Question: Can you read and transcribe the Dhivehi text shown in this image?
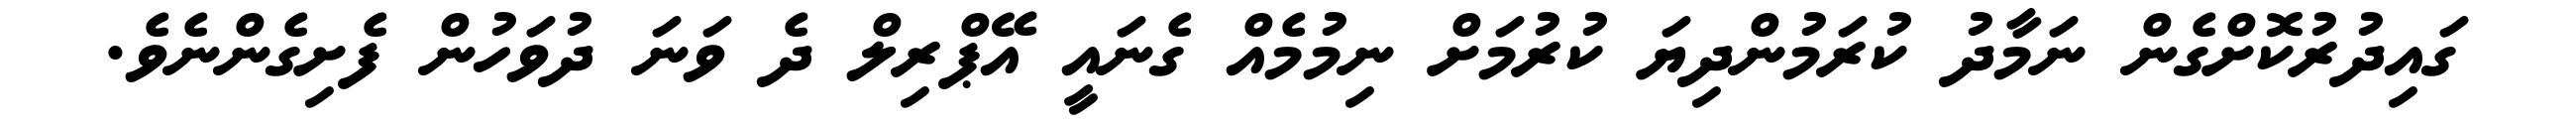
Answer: ގައިދުރުކޮށްގެން ނަމާދު ކުރަމުންދިޔަ ކުރުމަށް ނިމުމެއް ގެނައީ އޭޕްރިލް ދެ ވަނަ ދުވަހުން ފެށިގެންނެވެ.